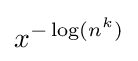
x^{-\log(n^{k})}